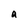
Character: A